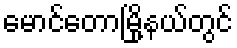
မောင်တောမြို့နယ်တွင်